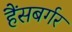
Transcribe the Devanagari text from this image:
हैंसबर्गर